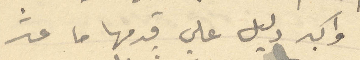
واكبر دليل على قدمها ما عثر